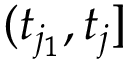
( t _ { j _ { 1 } } , t _ { j } ]